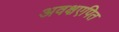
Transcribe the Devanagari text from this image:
अवक्षएपित